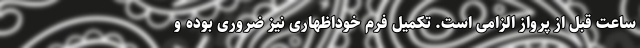
ساعت قبل از پرواز الزامی است. تکمیل فرم خوداظهاری نیز ضروری بوده و